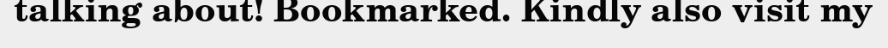
talking about! Bookmarked. Kindly also visit my